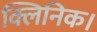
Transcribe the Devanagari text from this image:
क्लिनिक।